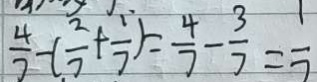
\frac { 4 } { 7 } - ( \frac { 2 } { 7 } + \frac { 1 } { 7 } ) = \frac { 4 } { 7 } - \frac { 3 } { 7 } = \frac { 1 } { 7 }